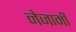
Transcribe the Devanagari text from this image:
नेजामी